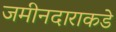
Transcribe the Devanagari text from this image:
जमीनदाराकडे